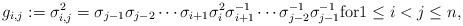
\begin{gather*}g_{i,j}:= \sigma_{i,j}^2=\sigma_{j-1}\sigma_{j-2}\cdots\sigma_{i+1}\sigma_{i}^2\sigma_{i+1}^{-1}\cdots\sigma_{j-2}^{-1}\sigma_{j-1}^{-1}{\rm for} 1 \le i < j \le n,\end{gather*}